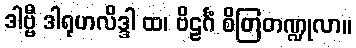
ဒါဗ္ဗီ ဒါရုဟလိဒ္ဒါ ထ၊ ဗိဠင်္ဂံ စိတြတဏ္ဍုလာ။